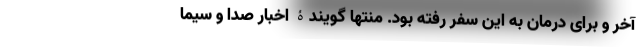
آخر و برای درمان به این سفر رفته بود. منتها گویندۀ اخبار صدا و سیما